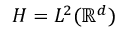
H = L ^ { 2 } ( \mathbb R ^ { d } )